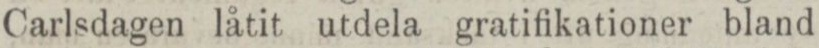
Carlsdagen låtit utdela gratifikationer bland